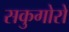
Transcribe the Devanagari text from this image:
सकुगोरो